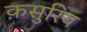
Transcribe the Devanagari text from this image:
क़सुरिय